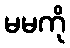
မမကို